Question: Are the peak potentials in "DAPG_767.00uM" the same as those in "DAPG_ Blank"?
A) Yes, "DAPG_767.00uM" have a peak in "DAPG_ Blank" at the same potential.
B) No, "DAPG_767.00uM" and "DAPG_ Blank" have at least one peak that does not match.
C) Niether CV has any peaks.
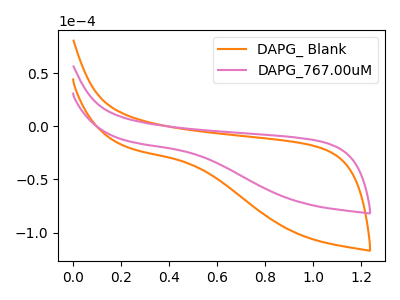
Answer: <think>The orange curve "DAPG_ Blank" has no peaks. The pink curve "DAPG_767.00uM" has no peaks.</think>
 <answer>C) Niether CV has any peaks.</answer>
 <eval>C</eval>